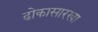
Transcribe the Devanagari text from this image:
ढोकासारखा